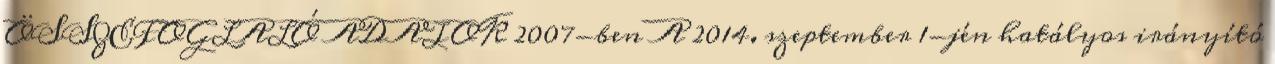
ÖSSZEFOGLALÓ ADATOK 2007-ben A 2014. szeptember 1-jén hatályos irányító